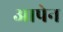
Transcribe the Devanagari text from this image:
आपेन